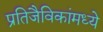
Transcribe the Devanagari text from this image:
प्रतिजैविकांमध्ये